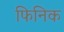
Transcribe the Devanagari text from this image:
फिनिक